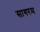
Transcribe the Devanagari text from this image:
सागरम